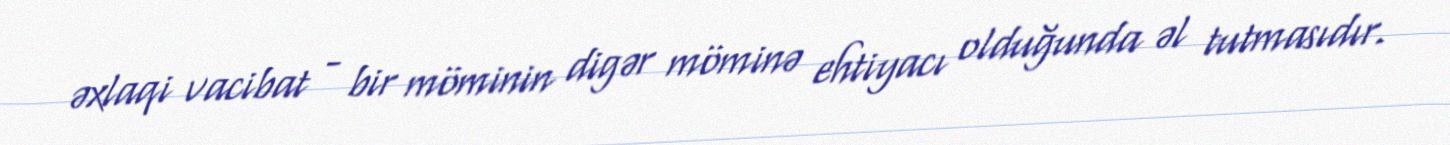
əxlaqi vacibat - bir möminin digər möminə ehtiyacı olduğunda əl tutmasıdır.